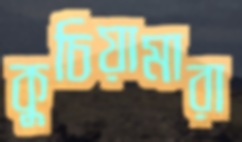
কুচিয়ামারা